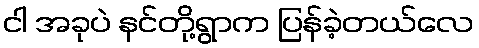
ငါ အခုပဲ နင်တို့ရွာက ပြန်ခဲ့တယ်လေ